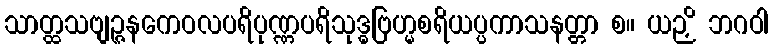
သာတ္ထသဗျဉ္ဇနကေဝလပရိပုဏ္ဏပရိသုဒ္ဓဗြဟ္မစရိယပ္ပကာသနတ္တာ စ။ ယဉှိ ဘဂဝါ